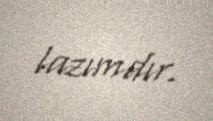
lazımdır.